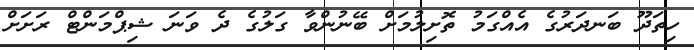
ހިތަދޫ ބަނދަރުގެ އެއްގަމު ތޮށިލުމަށް ބޭނުންވާ ގަލުގެ ދެ ވަނަ ޝިޕްމަންޓް ރަށަށް